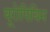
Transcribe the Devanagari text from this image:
यूरोपियिन